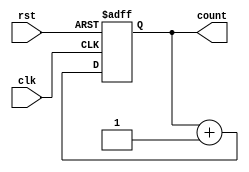
module async_counter #(parameter N = 4) (
    input wire clk,        // Clock input
    input wire rst,        // Asynchronous reset input
    output reg [N-1:0] count // N-bit counter output
);

    // Always block that triggers on the clock edge or reset
    always @(posedge clk or posedge rst) begin
        if (rst) begin
            // Resetting the counter to 0
            count <= 0;
        end else begin
            // T flip-flop style counting logic
            count <= count + 1; // Increment the counter
        end
    end
endmodule